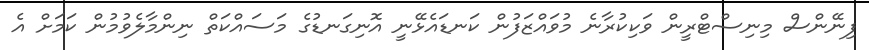
ފިނޭންސް މިނިސްޓްރީން ވަކިކުރާނެ މުވައްޒަފުން ކަނޑައެޅޭނީ އޮނިގަނޑުގެ މަސައްކަތް ނިންމާލެވުމުން ކަމަށް އެ